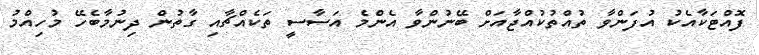
ފޮއްޓަކާއެކު އުފަންވާ ތުއްތުކުއްޖާއަށް ބޭނުންވާ އެންމެ އަސާސީ ތަކެއްޗާއި ގާތުން ދިނުމާބެހޭ މުހިއްމު